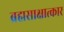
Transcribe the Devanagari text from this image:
ब्रह्मसाक्षात्कार